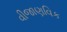
વીજાણવિક